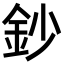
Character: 鈔